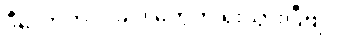
ဒီလောက်ပဲ၊ ခု ဒါတွေက ရိုးသွားပြီဗျ။